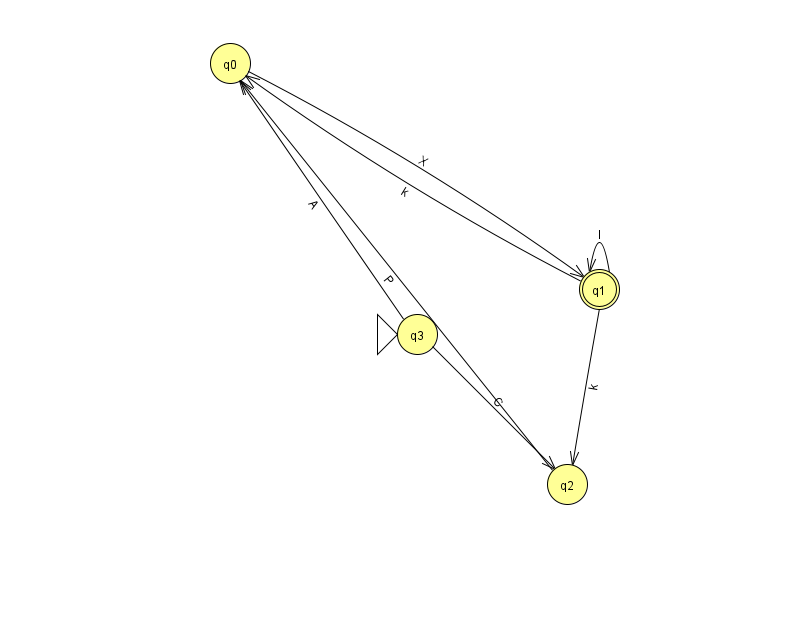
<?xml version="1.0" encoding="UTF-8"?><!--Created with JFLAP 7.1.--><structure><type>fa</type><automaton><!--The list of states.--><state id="0" name="q0"><x>230.0</x><y>50.0</y></state><state id="1" name="q1"><x>599.0</x><y>276.0</y><final/></state><state id="2" name="q2"><x>567.0</x><y>471.0</y></state><state id="3" name="q3"><x>417.0</x><y>321.0</y><initial/></state><!--The list of transitions.--><transition><from>0</from><to>1</to><read>X</read></transition><transition><from>1</from><to>0</to><read>k</read></transition><transition><from>3</from><to>2</to><read>C</read></transition><transition><from>2</from><to>0</to><read>P</read></transition><transition><from>1</from><to>1</to><read>I</read></transition><transition><from>1</from><to>2</to><read>k</read></transition><transition><from>3</from><to>0</to><read>A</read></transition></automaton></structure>